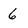
Character: 6